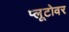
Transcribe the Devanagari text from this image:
प्लूटोवर